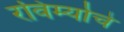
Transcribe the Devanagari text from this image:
रविर्म्याचे